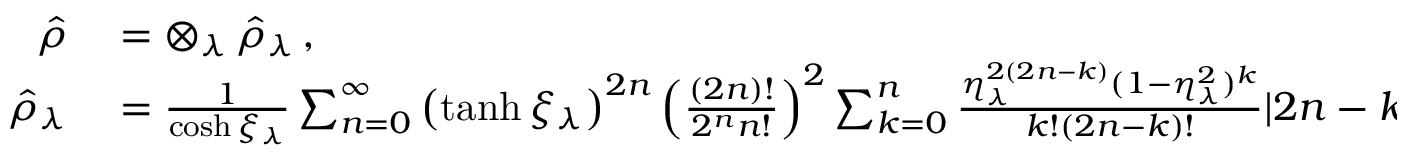
\begin{array} { r l } { \hat { \rho } } & { { } = \otimes _ { \lambda } \, \hat { \rho } _ { \lambda } \, , } \\ { \hat { \rho } _ { \lambda } } & { { } = \frac { 1 } { \cosh \xi _ { \lambda } } \sum _ { n = 0 } ^ { \infty } \left( \operatorname { t a n h } \xi _ { \lambda } \right) ^ { 2 n } \left( \frac { ( 2 n ) ! } { 2 ^ { n } n ! } \right) ^ { 2 } \sum _ { k = 0 } ^ { n } \frac { \eta _ { \lambda } ^ { 2 ( 2 n - k ) } ( 1 - \eta _ { \lambda } ^ { 2 } ) ^ { k } } { k ! ( 2 n - k ) ! } | 2 n - k \rangle _ { \lambda } \langle 2 n - k | _ { \lambda } \, . } \end{array}